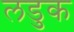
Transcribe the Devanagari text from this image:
लडुक